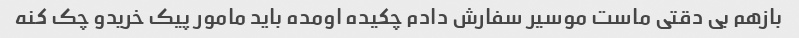
بازهم بی دقتی ماست موسیر سفارش دادم چکیده اومده باید مامور پیک خریدو چک کنه